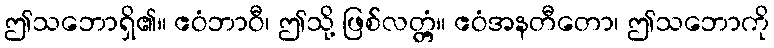
ဤသဘောရှိ၏။ ဧဝံဘာဝီ၊ ဤသို့ ဖြစ်လတ္တံ့။ ဧဝံအနတီတော၊ ဤသဘောကို